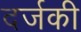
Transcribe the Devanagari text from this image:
दर्जकी